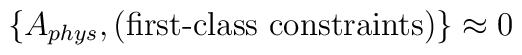
\{ A_{phys},\mbox{(first-class constraints)} \} \approx 0